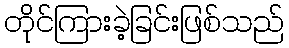
တိုင်ကြားခဲ့ခြင်းဖြစ်သည်